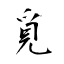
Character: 覓